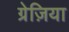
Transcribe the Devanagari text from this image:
ग्रेज़िया